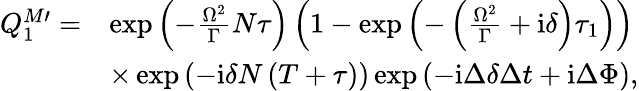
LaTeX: \begin{array}{rl}{Q_{1}^{M\prime}=}&{\exp\left(-\frac{\Omega^{2}}{\Gamma}N\tau\right)\left(1-\exp\left(-\left(\frac{\Omega^{2}}{\Gamma}+\mathrm{i}\delta\right)\tau_{1}\right)\right)}\\ &{\times\exp\left(-\mathrm{i}\delta N\left(T+\tau\right)\right)\exp\left(-\mathrm{i}\Delta\delta\Delta t+\mathrm{i}\Delta\Phi\right),}\end{array}